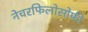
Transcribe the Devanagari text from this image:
नेचरफिलोसोफी